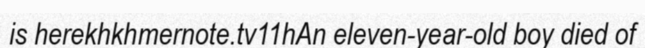
is herekhkhmernote.tv11hAn eleven-year-old boy died of